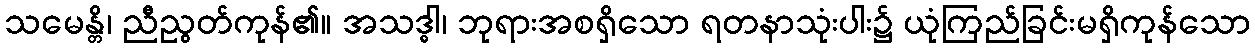
သမေန္တိ၊ ညီညွတ်ကုန်၏။ အသဒ္ဓါ၊ ဘုရားအစရှိသော ရတနာသုံးပါး၌ ယုံကြည်ခြင်းမရှိကုန်သော